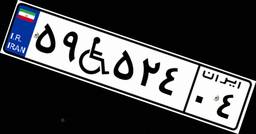
۵۹W۵۲۴۰۴